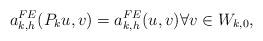
LaTeX: \begin{align*} a^{FE}_{k,h}(P_ku,v)=a^{FE}_{k,h}(u,v)\forall v\in W_{k,0},\end{align*}